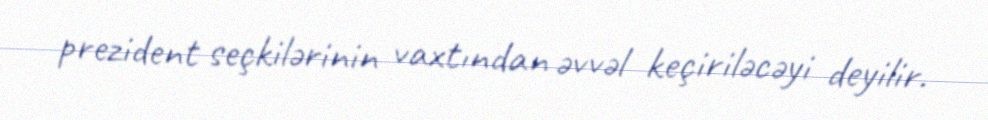
prezident seçkilərinin vaxtından əvvəl keçiriləcəyi deyilir.